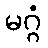
မဂ္ဂံ